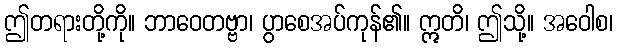
ဤတရားတို့ကို။ ဘာဝေတဗ္ဗာ၊ ပွာစေအပ်ကုန်၏။ ဣတိ၊ ဤသို့။ အဝေါစ၊